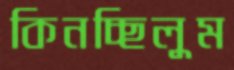
কিনচ্ছিলুম